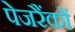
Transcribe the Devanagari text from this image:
पेजरैंकों